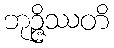
ဘုဉ္ဇိဿတိ